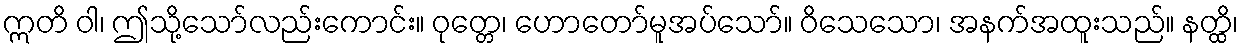
ဣတိ ဝါ၊ ဤသို့သော်လည်းကောင်း။ ဝုတ္တေ၊ ဟောတော်မူအပ်သော်။ ဝိသေသော၊ အနက်အထူးသည်။ နတ္ထိ၊